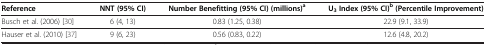
<table><thead><tr><td><b>Reference</b></td><td><b>NNT (95% CI)</b></td><td><b>Number Benefitting (95% CI) (millions)<sup>a</sup></b></td><td><b>U<sub>3 </sub>Index (95% CI)<sup>b </sup>(Percentile Improvement)</b></td></tr></thead><tbody><tr><td>Busch et al. (2006)[30]</td><td>6 (4, 13)</td><td>0.83 (1.25, 0.38)</td><td>22.9 (9.1, 33.9)</td></tr><tr><td>Hauser et al. (2010)[37]</td><td>9 (6, 23)</td><td>0.56 (0.83, 0.22)</td><td>12.6 (4.8, 20.2)</td></tr></tbody></table>